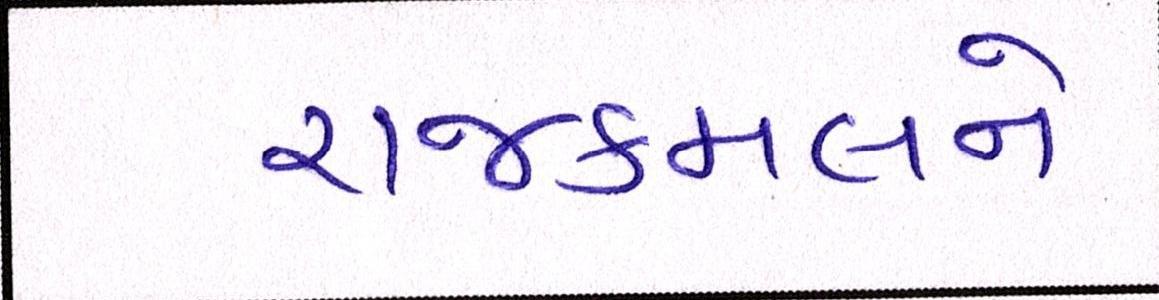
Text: રાજકમલને